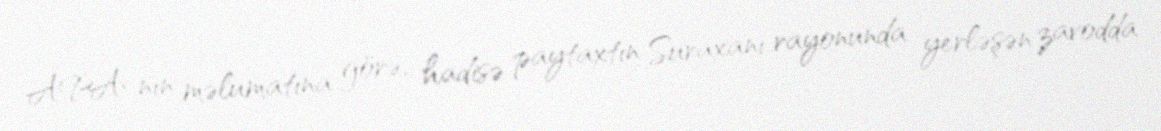
APA-nın məlumatına görə, hadisə paytaxtın Suraxanı rayonunda yerləşən zavodda